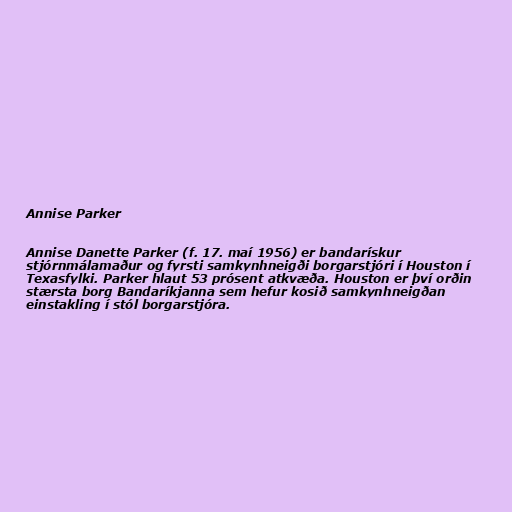
Annise Parker

Annise Danette Parker (f. 17. maí 1956) er bandarískur
stjórnmálamaður og fyrsti samkynhneigði borgarstjóri í Houston í
Texasfylki. Parker hlaut 53 prósent atkvæða. Houston er því orðin
stærsta borg Bandaríkjanna sem hefur kosið samkynhneigðan
einstakling í stól borgarstjóra.